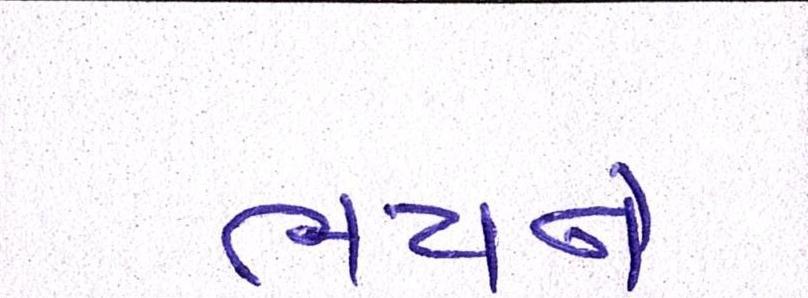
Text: ભયને